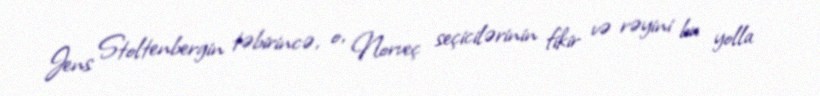
Jens Stoltenbergin təbirincə, o, Norveç seçicilərinin fikir və rəyini bu yolla